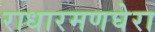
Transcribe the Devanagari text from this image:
राधारमणघेरा